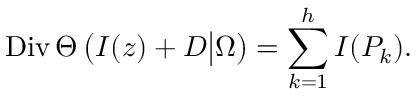
\mathrm { D i v } \, \Theta \left( I ( z ) + { \cal D } \big | \Omega \right) = \sum _ { k = 1 } ^ { h } I ( P _ { k } ) .